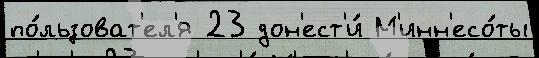
по́льзоват'ел'я 23 дон'ест'и́ М'инн'есо́ты